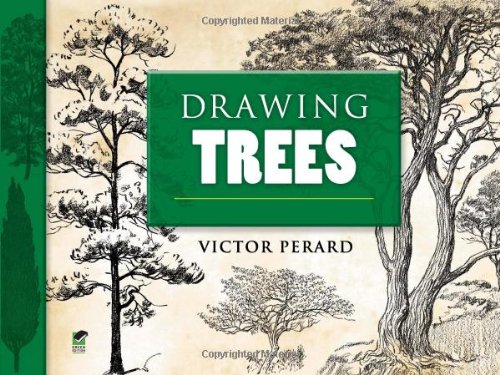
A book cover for Drawing Trees (Dover Art Instruction); Victor Perard; Arts & Photography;